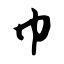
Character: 巾